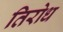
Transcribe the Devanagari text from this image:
तिरोध